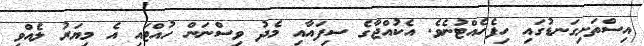
އިސްތަށިގަނޑުގައި ހިފެހެއްޓުނެވެ. އެކުއްޖާގެ ސިފައާއި މެދު ވިސްނަން ހުއްޓައި އެ މިޔަރު ލެއްވި